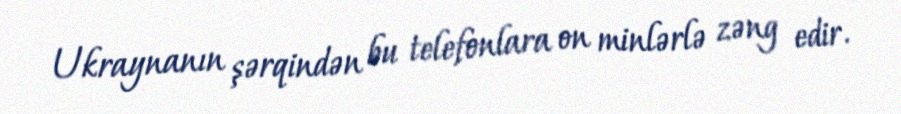
Ukraynanın şərqindən bu telefonlara on minlərlə zəng edir.